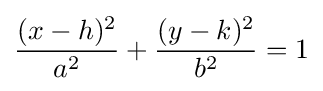
{\frac {(x-h)^{2}}{a^{2}}}+{\frac {(y-k)^{2}}{b^{2}}}=1